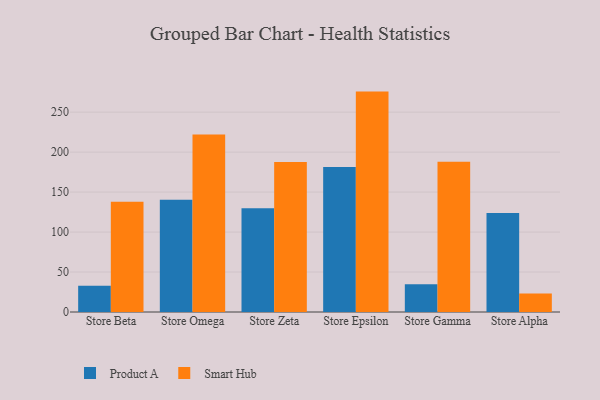
{"axis": {"x": "Store", "y": "Satisfaction Score"}, "legend": ["Product A", "Smart Hub"], "data": [{"x": "Store Beta", "y": 32.7, "type": "Product A"}, {"x": "Store Beta", "y": 138.0, "type": "Smart Hub"}, {"x": "Store Omega", "y": 140.5, "type": "Product A"}, {"x": "Store Omega", "y": 221.9, "type": "Smart Hub"}, {"x": "Store Zeta", "y": 129.8, "type": "Product A"}, {"x": "Store Zeta", "y": 187.6, "type": "Smart Hub"}, {"x": "Store Epsilon", "y": 181.4, "type": "Product A"}, {"x": "Store Epsilon", "y": 275.7, "type": "Smart Hub"}, {"x": "Store Gamma", "y": 34.8, "type": "Product A"}, {"x": "Store Gamma", "y": 188.1, "type": "Smart Hub"}, {"x": "Store Alpha", "y": 123.8, "type": "Product A"}, {"x": "Store Alpha", "y": 23.2, "type": "Smart Hub"}]}